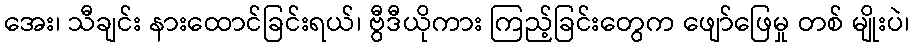
အေး၊ သီချင်း နားထောင်ခြင်းရယ်၊ ဗွီဒီယိုကား ကြည့်ခြင်းတွေက ဖျော်ဖြေမှု တစ် မျိုးပဲ၊